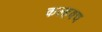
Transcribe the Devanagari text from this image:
कल्हवच